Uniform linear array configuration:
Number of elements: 12
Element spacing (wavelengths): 0.75
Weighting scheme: hann
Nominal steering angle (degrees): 30
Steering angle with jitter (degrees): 29.942
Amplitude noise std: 0.05
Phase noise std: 0.05

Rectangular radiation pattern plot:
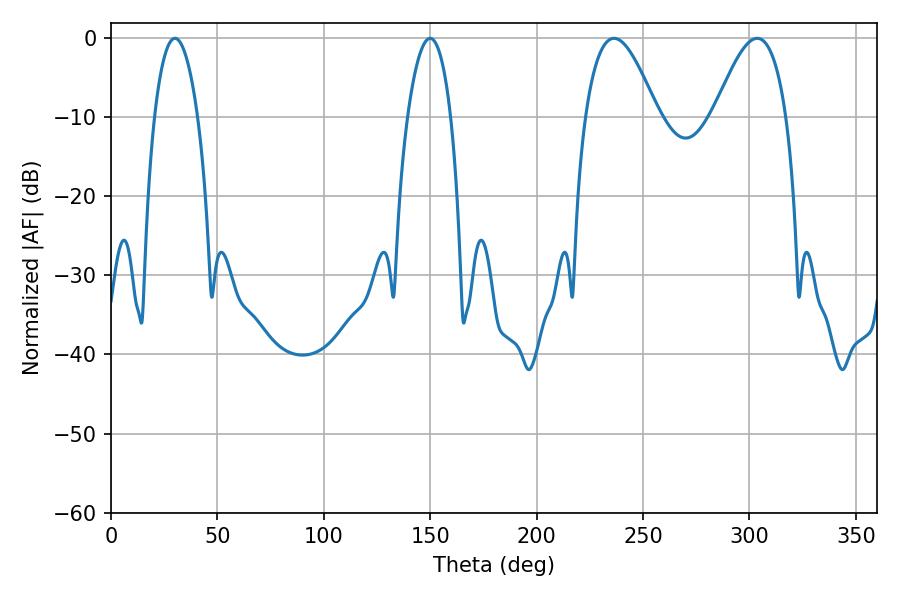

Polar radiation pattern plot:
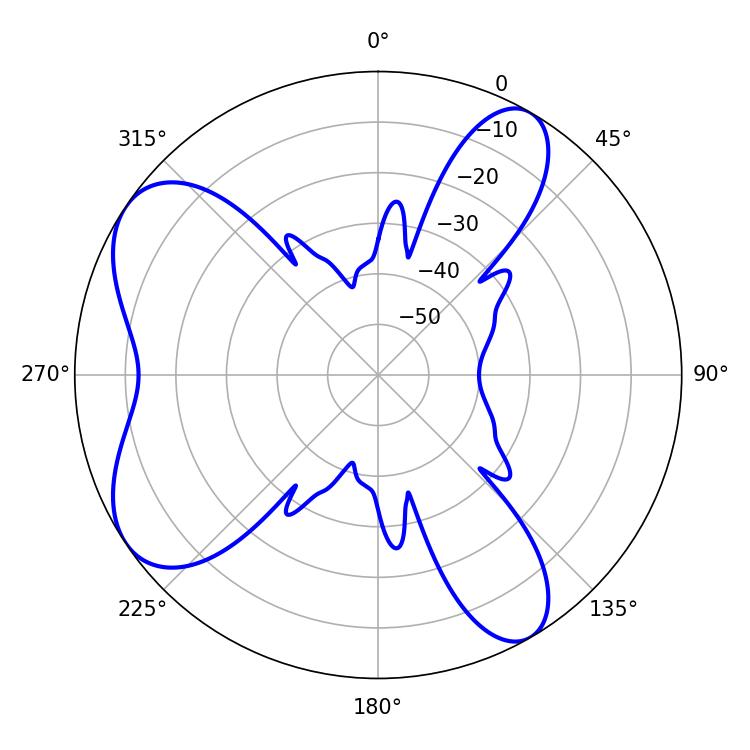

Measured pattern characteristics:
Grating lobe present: TRUE
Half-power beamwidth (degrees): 11.34
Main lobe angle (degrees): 30.06